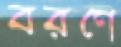
বরণে